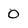
Character: 0